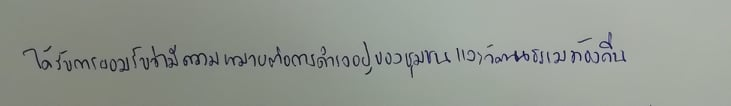
ได้รับการยอมรับว่ามีความหมายต่อการดำรงอยู่ของชุมชนและวัฒนธรรมท้องถิ่น